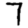
Digit: 7